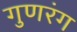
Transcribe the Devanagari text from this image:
गुणरंग